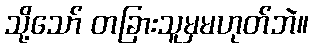
သို့သော် တခြားသူမှမဟုတ်ဘဲ။